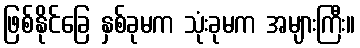
ဖြစ်နိုင်ခြေ နှစ်ခုမက သုံးခုမက အများကြီး။